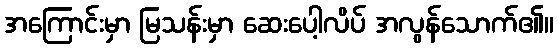
အကြောင်းမှာ မြသန်းမှာ ဆေးပေါ့လိပ် အလွန်သောက်၏။